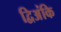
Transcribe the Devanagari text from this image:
द्विअंकि